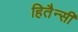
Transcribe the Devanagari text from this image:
हितैन्सी